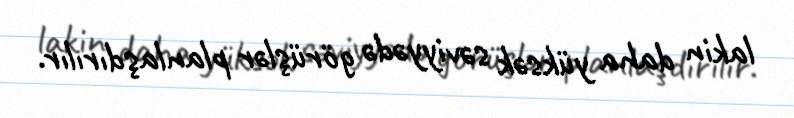
lakin daha yüksək səviyyədə görüşlər planlaşdırılır.